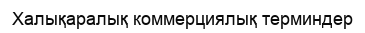
Халықаралық коммерциялық терминдер